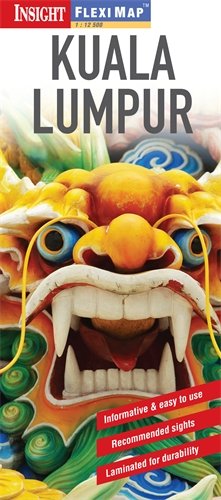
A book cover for Insight Flexi Map: Kuala Lumpur; aa vv; Travel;